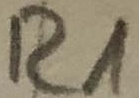
Text: R1